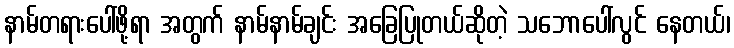
နာမ်တရားပေါ်ဖို့ရာ အတွက် နာမ်နာမ်ချင်း အခြေပြုတယ်ဆိုတဲ့ သဘောပေါ်လွင် နေတယ်၊